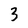
Character: 3